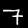
Label: 7